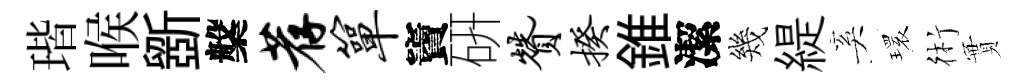
瑎喉斵槃荐箪竇硏赞揆錐潔幾緹奚𤨔術實